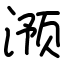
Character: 滪